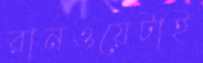
রানওয়েটাই